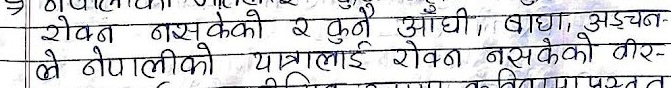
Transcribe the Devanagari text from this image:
रोकन नसकेको २ कुनै आँधी, बाधा, अड़चन
ले नेपालीको यात्रालाई रोकन नसकेको वीर-
प्रस्तुत